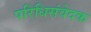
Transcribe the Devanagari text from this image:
परिधिसंवेदक